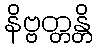
နိဗ္ဗတ္တန္တိ